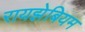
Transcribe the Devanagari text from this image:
रायझेबियम